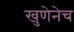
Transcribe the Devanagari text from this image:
खुणेनेच